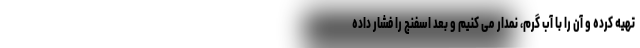
تهیه کرده و آن را با آب گرم، نمدار می کنیم و بعد اسفنج را فشار داده